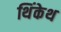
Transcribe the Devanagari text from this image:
थिंकेथ